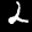
Label: 2